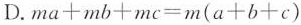
D.$$m a + m b + m c = m ( a + b + c )$$